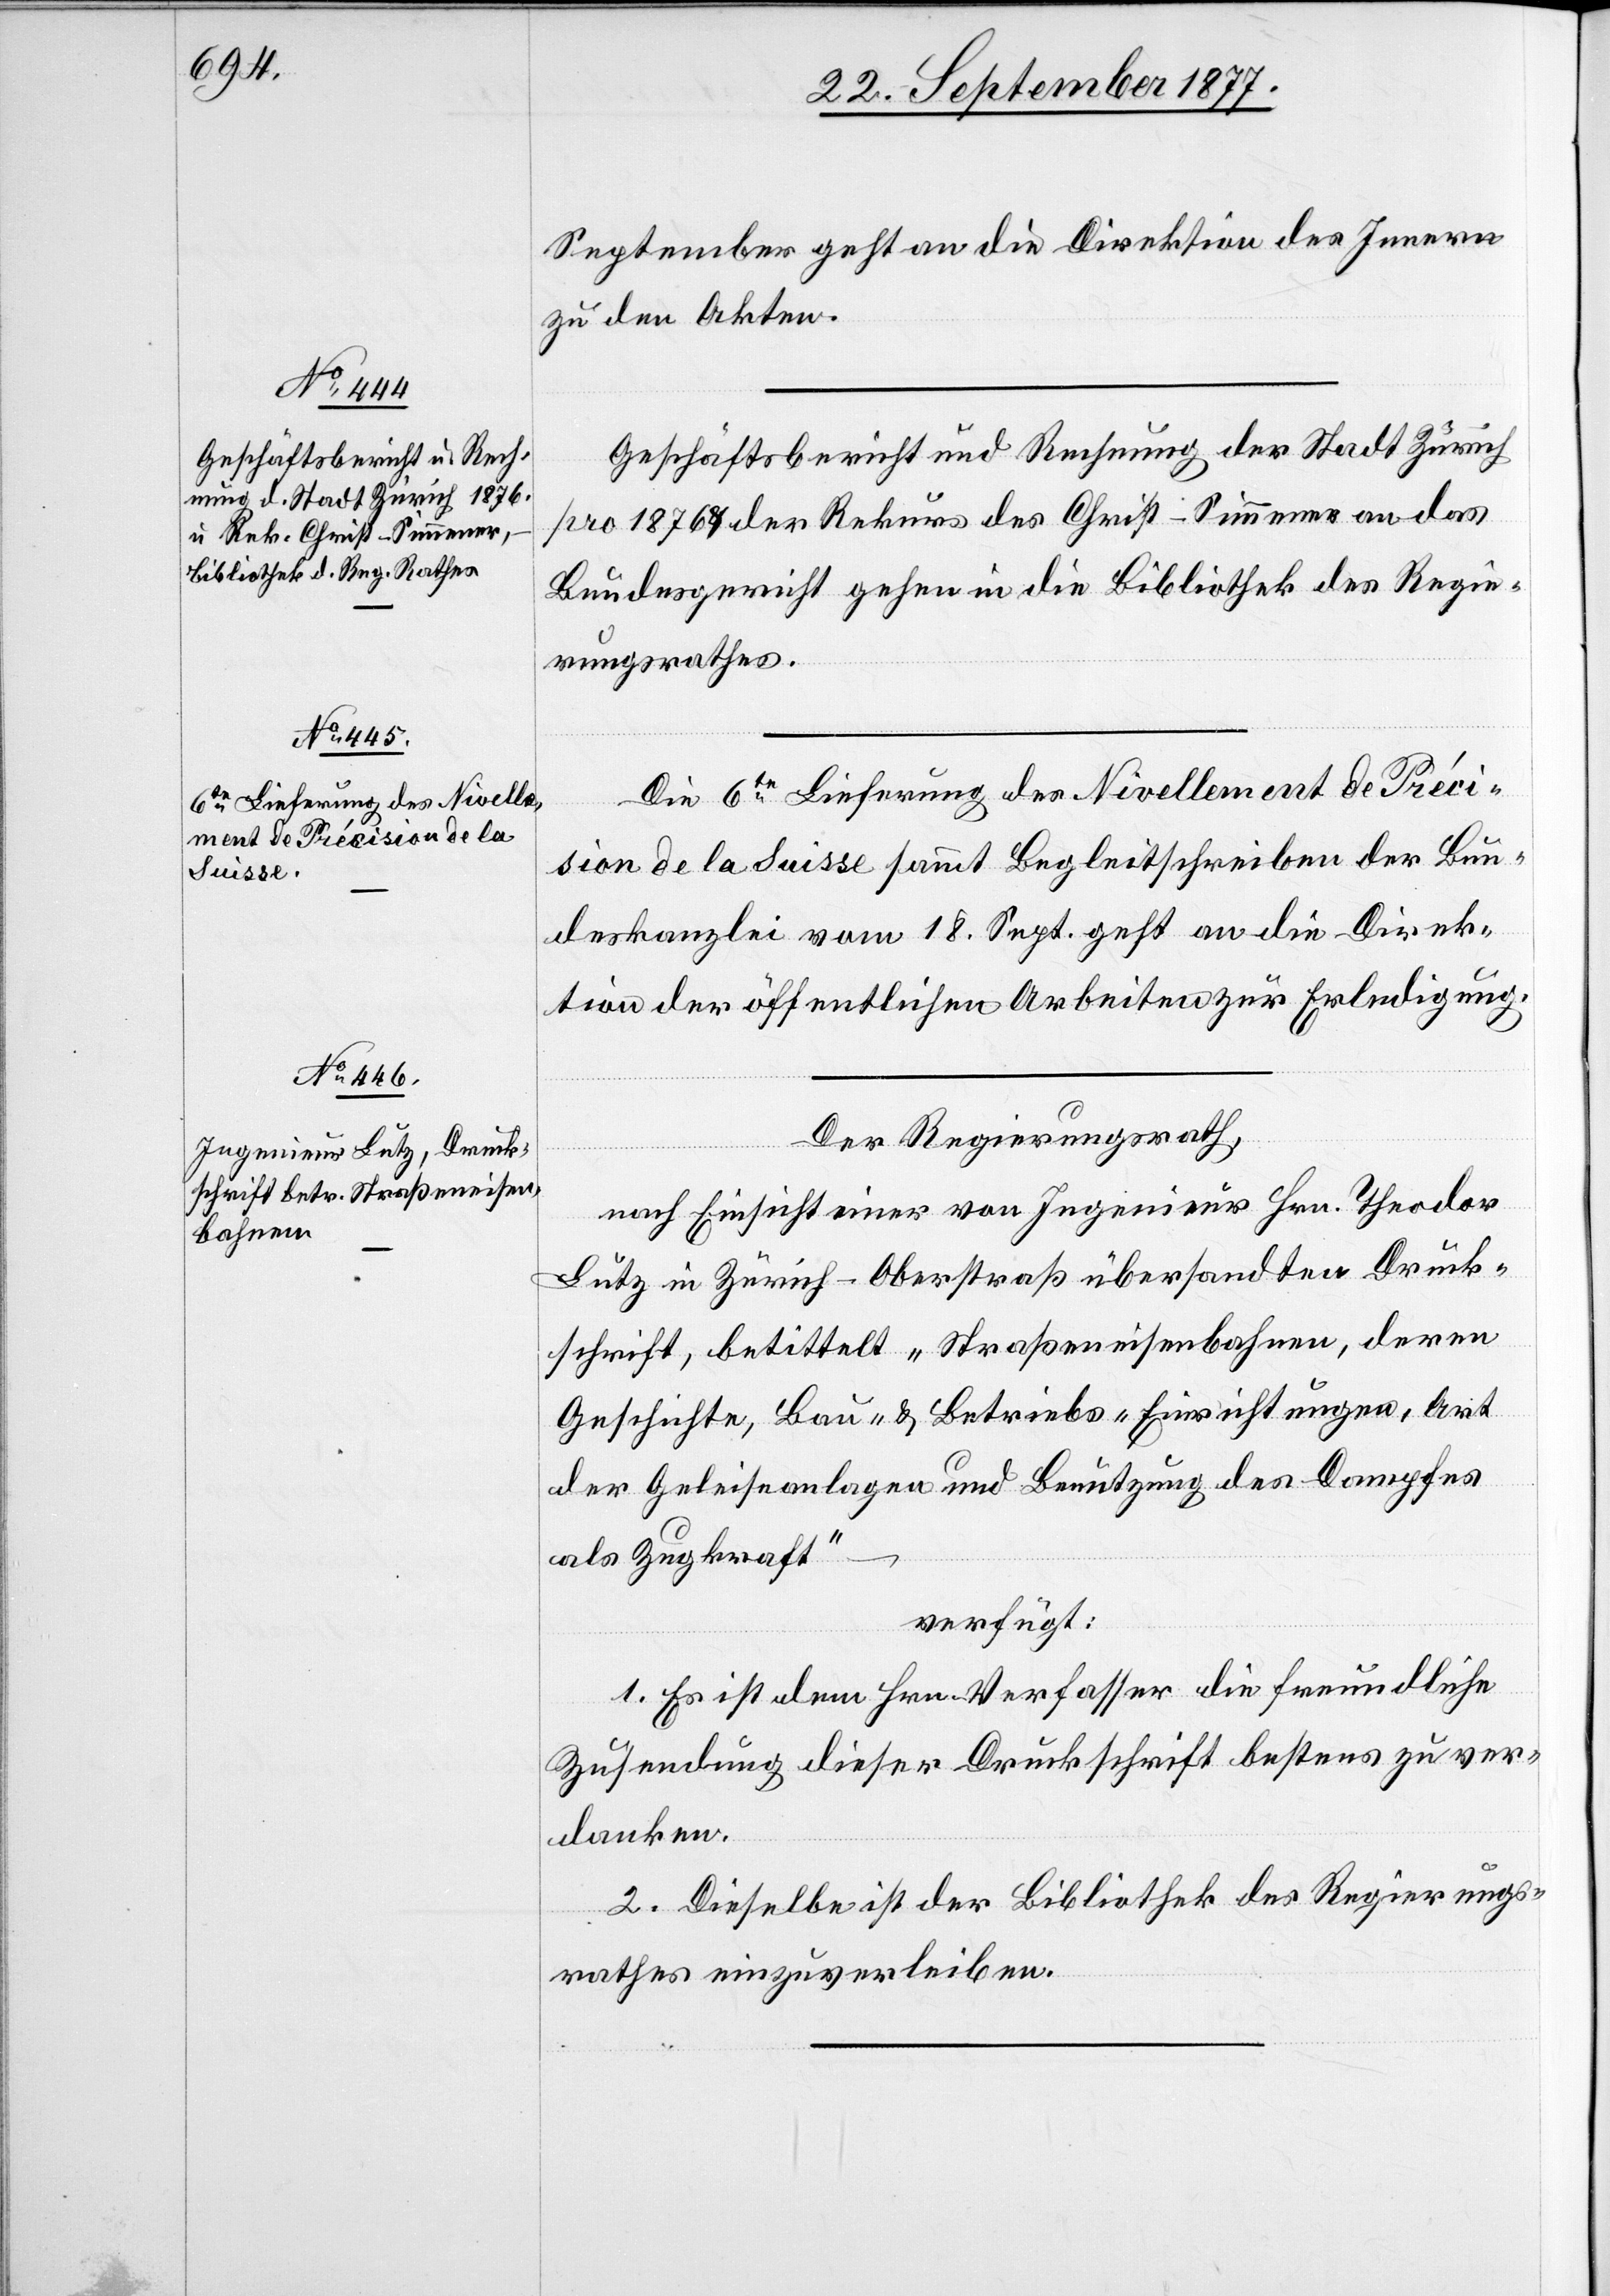
September geht an die Direktion des Innern
zu den Akten.
Geschäftsbericht und Rechnung der Stadt Zürich
pro 1876 & der Rekurs des Christ-Simmener an das
Bundesgericht gehen in die Bibliothek des Regie¬
rungsrathes.
Die 6te Lieferung des Nivellement de Préci¬
sion de la Suisse sammt Begleitschreiben der Bun¬
deskanzlei vom 18. Sept. geht an die Direk¬
tion der öffentlichen Arbeiten zur Erledigung.
Der Regierungsrath,
nach Einsicht einer von Ingenieur Hrn. Theodor
Lutz in Zürich-Oberstraß übersandten Druck¬
schrift, betittelt „Straßeneisenbahnen, deren
Geschichte, Bau- & Betriebs-Einrichtungen, Art
der Geleiseanlagen und Benutzung des Dampfes
als Zugkraft“
verfügt:
1. Es ist dem Hrn. Verfasser die freundliche
Zusendung dieser Druckschrift bestens zu ver¬
danken.
2. Dieselbe ist der Bibliothek des Regierungs¬
rathes einzuverleiben.